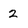
Character: 2